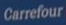
Carrefour